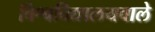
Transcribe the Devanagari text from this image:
विश्वविद्यालयवाले